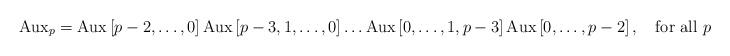
LaTeX: \begin{align*} \mbox{Aux}_{p}=\mbox{Aux}\left[p-2,\dots,0\right]\mbox{Aux}\left[p-3,1,\dots,0\right]\dots\mbox{Aux}\left[0,\dots,1,p-3\right] \mbox{Aux}\left[0,\dots,p-2\right],\quad\mbox{for all $p \geq 3$.}\end{align*}